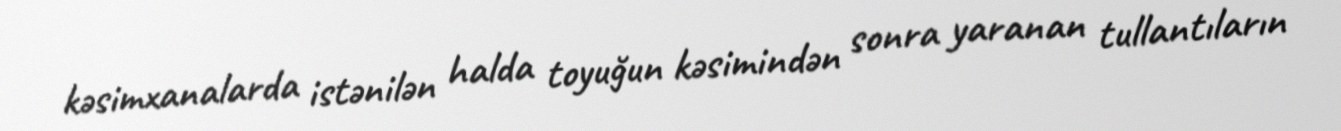
kəsimxanalarda istənilən halda toyuğun kəsimindən sonra yaranan tullantıların